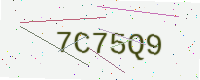
Text: 7C75Q9